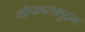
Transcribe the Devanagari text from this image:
गोपलसमुद्रम